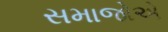
સમાજોએ